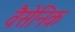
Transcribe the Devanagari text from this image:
वैसेनिक